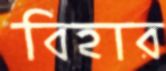
বিহার